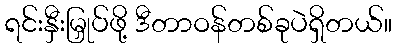
ရင်းနှီးမြှုပ်ဖို့ ဒီတာဝန်တစ်ခုပဲရှိတယ်။